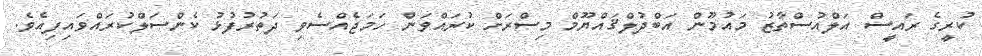
ކުރީގެ ރައީސް އަލްއުސްތާޒު މައުމޫން އަބްދުލްޤައްޔޫމް މިސްރަށް ކުރައްވަން ހަމަޖެއްސެވި ދަތުރުފުޅު ކެންސަލްކުރައްވައިފިއެވެ.